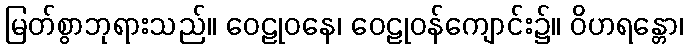
မြတ်စွာဘုရားသည်။ ဝေဠုဝနေ၊ ဝေဠုဝန်ကျောင်း၌။ ဝိဟရန္တော၊